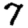
Digit: 7